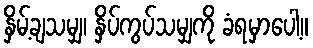
နှိမ့်ချသမျှ၊ နှိပ်ကွပ်သမျှကို ခံရမှာပေါ့။